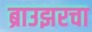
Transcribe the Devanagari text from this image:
ब्राउझरचा